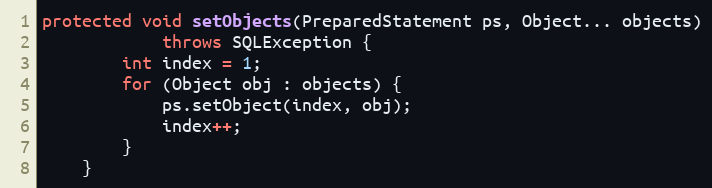
Language: Java
protected void setObjects(PreparedStatement ps, Object... objects)
            throws SQLException {
        int index = 1;
        for (Object obj : objects) {
            ps.setObject(index, obj);
            index++;
        }
    }